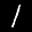
Label: 1